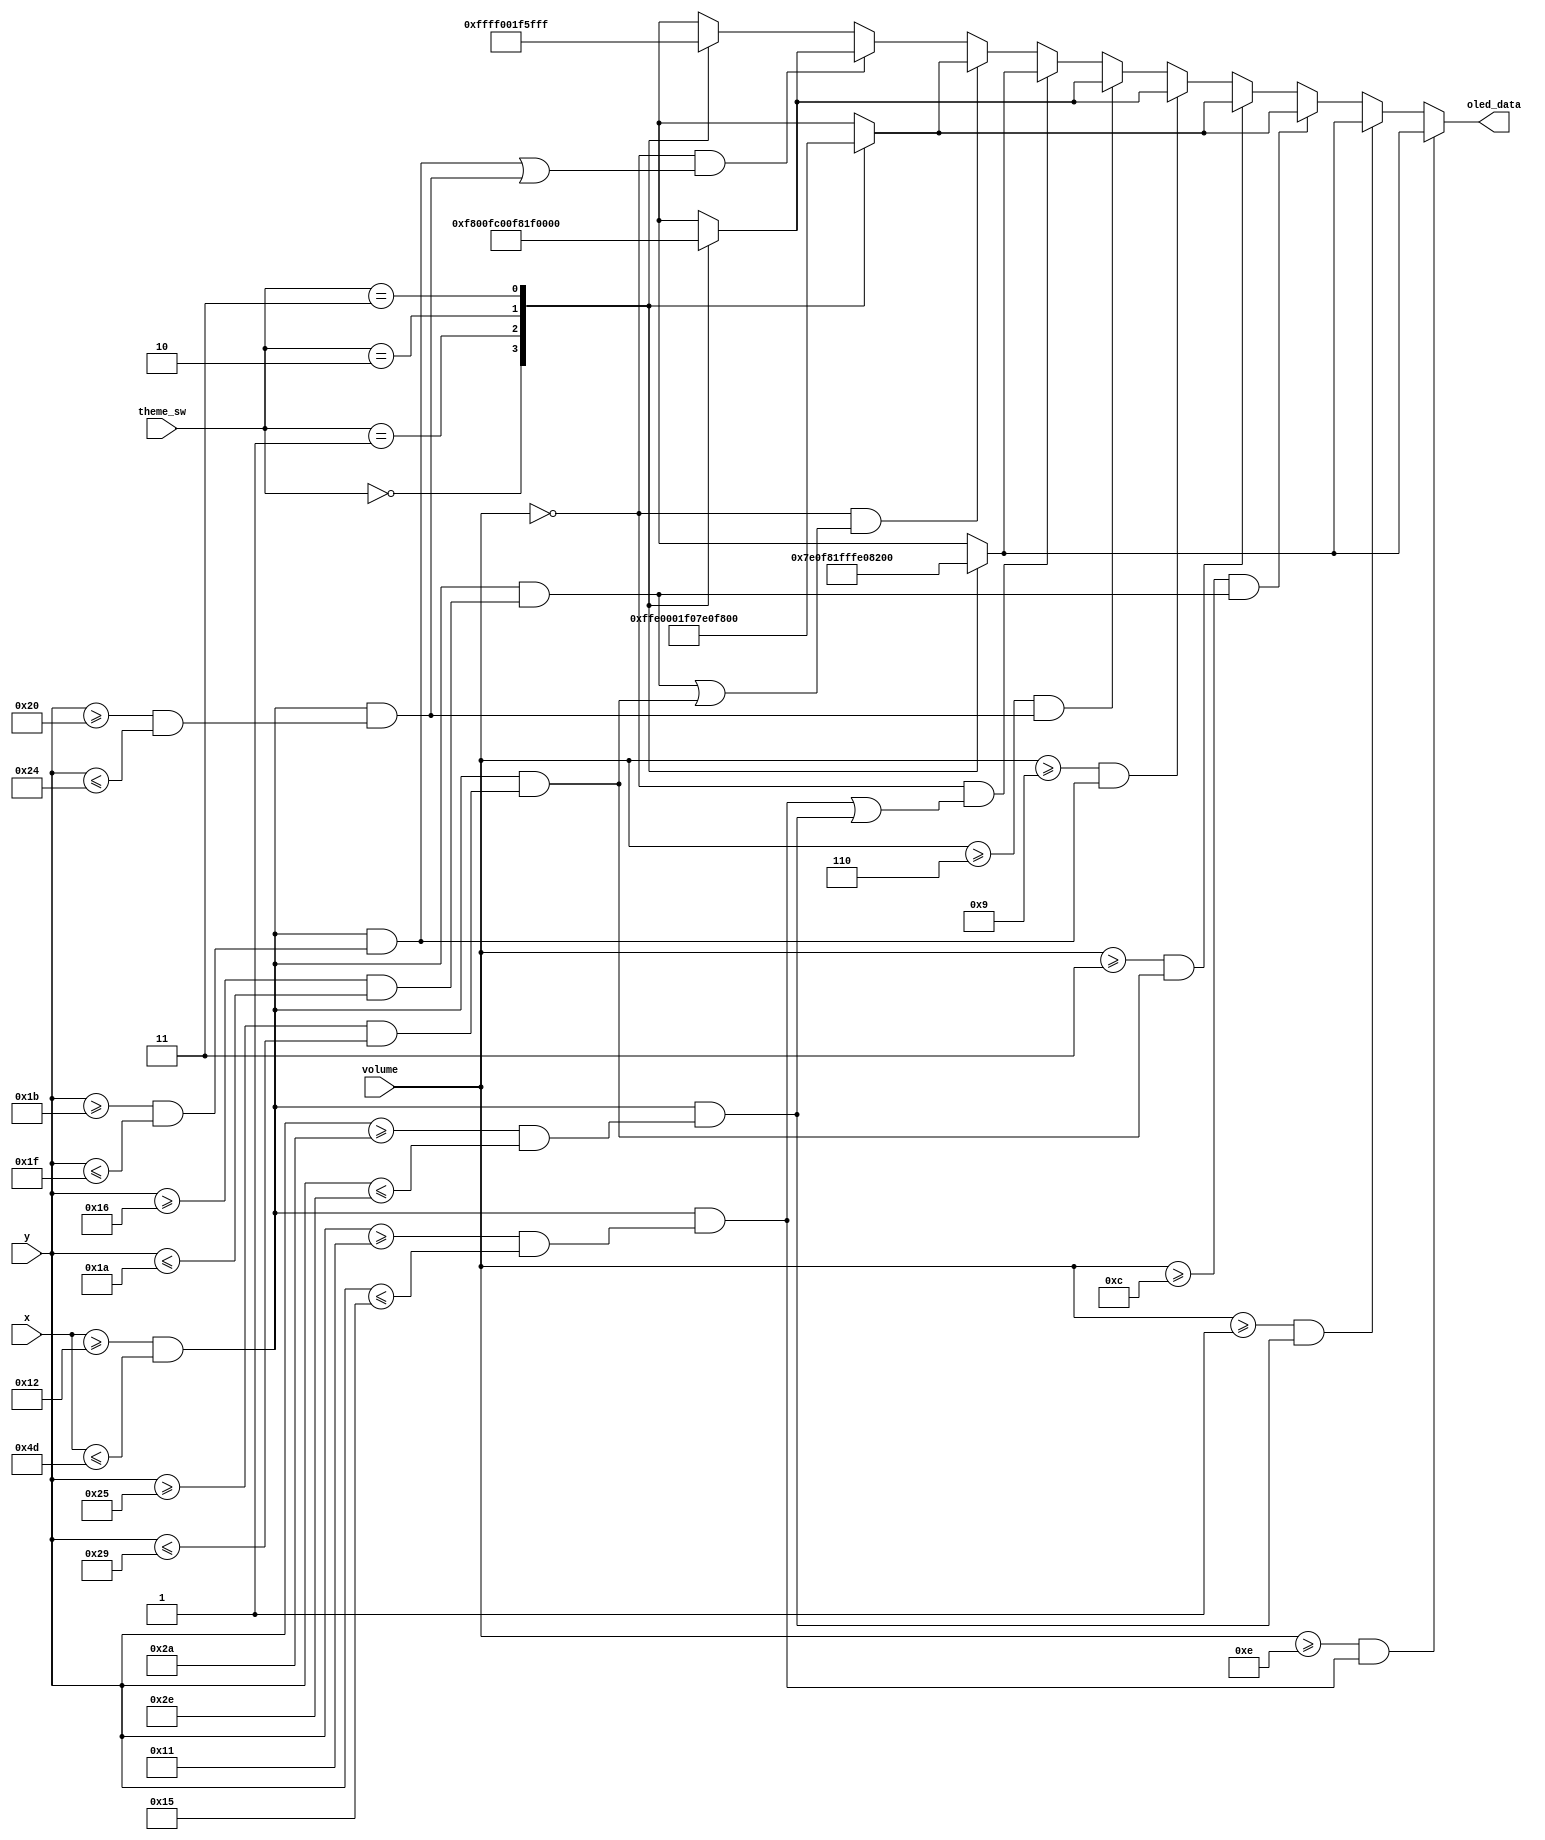
module Mic_Volume(
  input [6:0] x,
  input [5:0] y,
  input [1:0] theme_sw,
  input [4:0] volume,
  output reg [15:0] oled_data
);

//Define constant as local parameter
//Colour display
localparam GREEN = 16'h07E0;
localparam ORANGE = 16'hFFE0; //Yellow
localparam RED = 16'hF800;
localparam BLACK = 16'h0000;
localparam WHITE = 16'hFFFF;
localparam BLUE = 16'h001F;
localparam SKYBLUE = 16'h5FFF;
localparam PURPLE = 16'hF81F;
localparam CYAN = 16'hF81F;
localparam MAGENTA = 16'hF81F;
localparam BROWN = 16'h8204;
localparam YELLOW = 16'hFC00;    

//Each bar has a length of 60 pixels
//(96 - 60) / 2 = 18
//Minimum point = 18 - 00 = 18 (LHS of x-axis)
//Maximum point = 95 - 18 = 77 (RHS of y-axis) 
wire xrange_bar = (x >= 18 && x <= 77); 
//The coordinates of the bar on the y - axis
//The size of the 6 bars is 30 pixels
//Minimum point = 17; Maximum point = 46
//Each bar has a width of 5 pixels
//Rank the bar from top to bottom (1 to 6)
//bottom corner of the 1th bar: y0 = 42 | top corner of the 1st bar: y1 = 46
wire green_bottom_bar = xrange_bar && (y >= 42 && y <= 46);
//bottom corner of the 2th bar: y0 = 37 | top corner of the 2nd bar: y1 = 41   
wire orange_bottom_bar = xrange_bar && (y >= 37 && y <= 41);
//bottom corner of the 3th bar: y0 = 32 | top corner of the 3rd bar: y1 = 36    
wire red_bottom_bar = xrange_bar && (y >= 32 && y <= 36);
//bottom corner of the 4th bar: y0 = 27 | top corner of the 4th bar: y1 = 31
wire red_top_bar = xrange_bar && (y >= 27 && y <= 31);
//bottom corner of the 5th bar: y0 = 22 | top corner of the 5th bar: y1 = 26
wire orange_top_bar = xrange_bar && (y >= 22 && y <= 26);    
//bottom corner of the 6th bar: y0 = 17 | top corner of the 6th bar: y1 = 21
wire green_top_bar = xrange_bar && (y >= 17 && y <= 21);

reg [15:0] green;
reg [15:0] orange;
reg [15:0] red;
reg [15:0] black;

wire [6:0] active_bars;

assign active_bars = { (volume == 0), (volume >= 1), (volume >= 3), (volume >= 6), (volume >= 9), (volume >= 12), (volume >= 14) };

always @ (*) begin
  // theme
  case (theme_sw)
    2'b00: begin
             green = GREEN;
             orange = ORANGE;
             red = RED;
             black = BLACK;
           end
    2'b01: begin
             green = PURPLE;
             orange = BLUE;
             red = YELLOW;
             black = WHITE;
           end
    2'b10: begin
             green = ORANGE;
             orange = GREEN;
             red = CYAN;
             black = BLUE;
           end
    2'b11: begin
             green = BROWN;
             orange = MAGENTA;
             red = BLUE; 
             black = SKYBLUE;
           end
  endcase
  oled_data = black;
  if (active_bars[0] && green_top_bar) begin
    oled_data = green;
  end 
  else if (active_bars[5] && green_bottom_bar) begin
    oled_data = green;
  end 
  else if ( active_bars[1] && orange_top_bar) begin
    oled_data = orange;
  end 
  else if (active_bars[4] && orange_bottom_bar) begin
    oled_data = orange;
  end 
  else if (active_bars[2] && red_top_bar) begin
    oled_data = red;
  end 
  else if (active_bars[3] && red_bottom_bar) begin
    oled_data = red;  
  end 
  else if (active_bars[6] && (green_top_bar || green_bottom_bar)) begin
    oled_data = green;
  end 
  else if (active_bars[6] && (orange_top_bar || orange_bottom_bar)) begin
    oled_data = orange;
  end 
  else if (active_bars[6] && (red_top_bar || red_bottom_bar)) begin
    oled_data = red;
  end 
end

endmodule